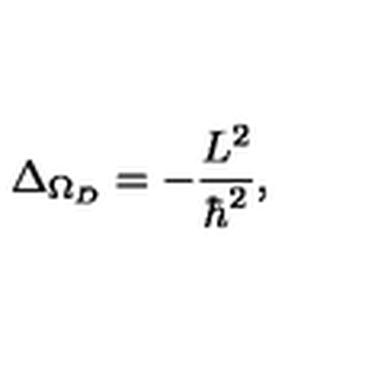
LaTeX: \Delta _ { \Omega _ { { D } } } = - \frac { L ^ { 2 } } { \hbar ^ { 2 } } ,